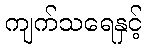
ကျက်သရေနှင့်